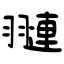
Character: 翴